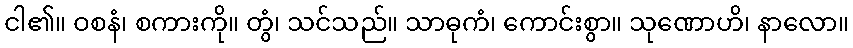
ငါ၏။ ဝစနံ၊ စကားကို။ တွံ၊ သင်သည်။ သာဓုကံ၊ ကောင်းစွာ။ သုဏောဟိ၊ နာလော။